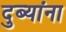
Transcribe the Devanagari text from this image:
दुब्यांना